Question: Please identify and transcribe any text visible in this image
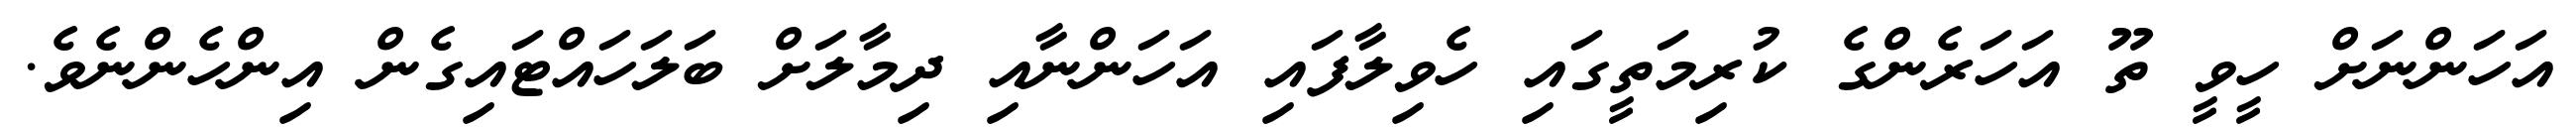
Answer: އަހަންނަށް ހީވީ ތޫ އަހަރެންގެ ކުރިމަތީގައި ހެވިލާފައި އަހަންނާއި ދިމާލަށް ބަލަހައްޓައިގެން އިންހެންނެވެ.